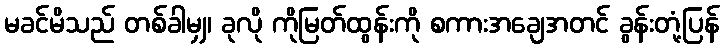
မခင်မိသည် တစ်ခါမျှ၊ ခုလို ကိုမြတ်ထွန်းကို စကားအချေအတင် ခွန်းတုံ့ပြန်